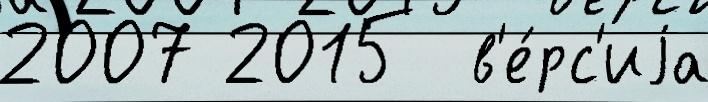
2007 2015  в'е́рс'иjа